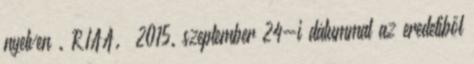
nyelven . RIAA. 2015. szeptember 24-i dátummal az eredetiből